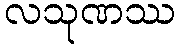
လသုဏဿ